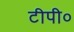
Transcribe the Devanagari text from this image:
टीपी०